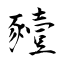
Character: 豷